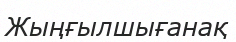
Жыңғылшығанақ